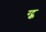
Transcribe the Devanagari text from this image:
ग्ट्क